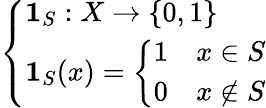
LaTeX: \left\{ \begin{array}{ll}{\mathbf{1}_{S}:X\to\{ 0,1\} }\\ {\mathbf{1}_{S}(x)={\left\{ \begin{array}{ll}{1}&{x\in S}\\ {0}&{x\notin S}\end{array}\right.}}\end{array}\right.